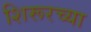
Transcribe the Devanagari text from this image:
शिरूरच्या